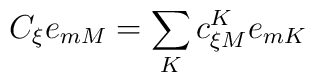
C_{\xi}e_{mM}=\sum_{K}c_{\xi M}^{K}e_{mK}